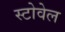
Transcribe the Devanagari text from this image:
स्टोवेल